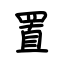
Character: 置